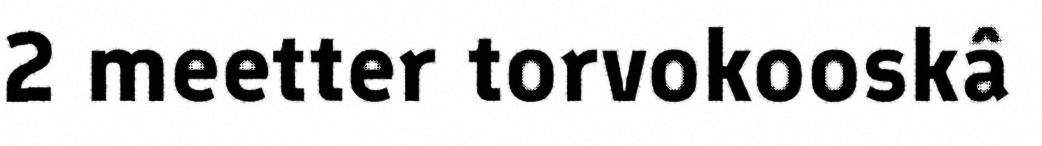
2 meetter torvokooskâ